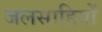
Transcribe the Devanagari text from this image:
जलसाहियों